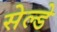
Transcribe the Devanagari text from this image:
सेल्डे